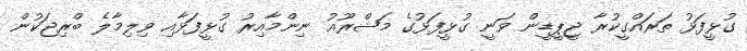
ގުޅީފަޅު ތަރައްގީކުރާ ޖީޕީޑީން ވަނީ ގުޅީފަޅުގެ މަޝްރޫއު ނިންމާއިރު ގުޅީފަޅާއި ވިލިމާލެ ބްރިޖަކުން